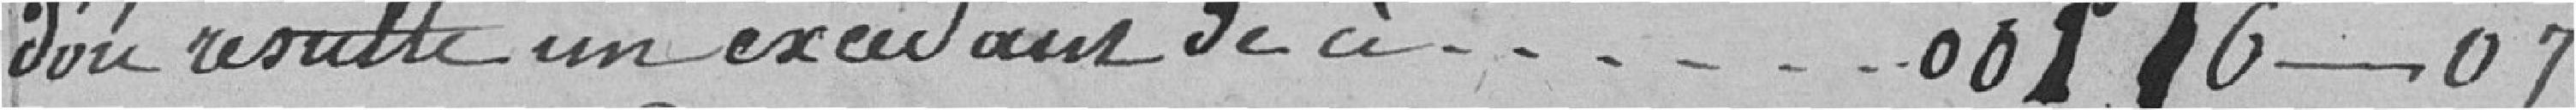
d'où résulte un excédent de ci - - - - 00116 - 07